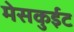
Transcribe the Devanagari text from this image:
मेसकुईट